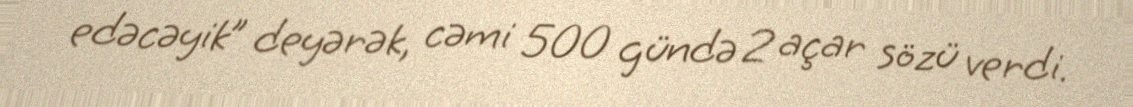
edəcəyik” deyərək, cəmi 500 gündə 2 açar sözü verdi.